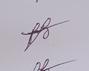
Signature authenticity: genuine